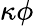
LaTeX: \kappa\phi